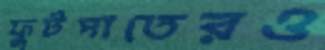
ফুটপাতেরও